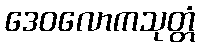
ဒေဝလောကသုတ္တံ